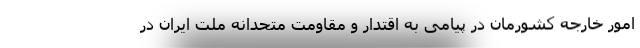
امور خارجه کشورمان در پیامی به اقتدار و مقاومت متحدانه ملت ایران در